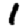
Digit: 1